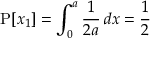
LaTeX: \operatorname { P } [ x _ { 1 } ] = \int _ { 0 } ^ { a } { \frac { 1 } { 2 a } } \, d x = { \frac { 1 } { 2 } }